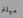
ميلنر